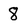
Character: 8